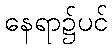
နေရာ၌ပင်